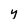
Character: Y